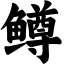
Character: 鳟